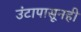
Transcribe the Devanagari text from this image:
उंटापासूनही